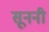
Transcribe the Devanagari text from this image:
सूननी